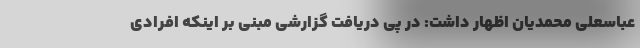
عباسعلی محمدیان اظهار داشت: در پی دریافت گزارشی مبنی بر اینکه افرادی